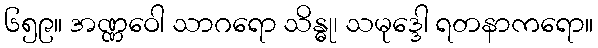
၆၅၉။ အဏ္ဏဝေါ သာဂရော သိန္ဓု၊ သမုဒ္ဒေါ ရတနာကရော။